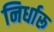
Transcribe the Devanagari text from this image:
निर्धारू